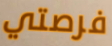
فرصتي